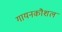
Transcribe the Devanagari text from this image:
गायनकौशल